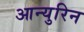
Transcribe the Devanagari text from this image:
आन्युरिन